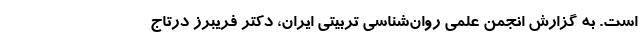
است. به گزارش انجمن علمی روان‌شناسی تربیتی ایران، دکتر فریبرز درتاج